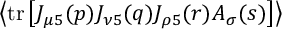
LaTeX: \left< \mathrm { t r } \left[ J _ { \mu 5 } ( p ) J _ { \nu 5 } ( q ) J _ { \rho 5 } ( r ) A _ { \sigma } ( s ) \right] \right>